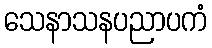
သေနာသနပညာပကံ